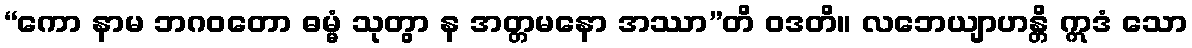
“ကော နာမ ဘဂဝတော ဓမ္မံ သုတွာ န အတ္တမနော အဿာ”တိ ဝဒတိ။ လဘေယျာဟန္တိ ဣဒံ သော